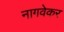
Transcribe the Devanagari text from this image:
नागवेकर